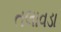
તલાવડા